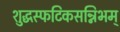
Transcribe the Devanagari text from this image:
शुद्धस्फटिकसन्निभम्